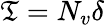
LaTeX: \mathfrak{T}=N_{v}\delta